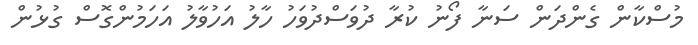
މުސްކާން ގެންދަން ސަނާ ފޯނު ކުރާ ދުވަސްދުވަހު ހާލު އަހުވާލު އަހަމުންގޮސް ގުޅުން